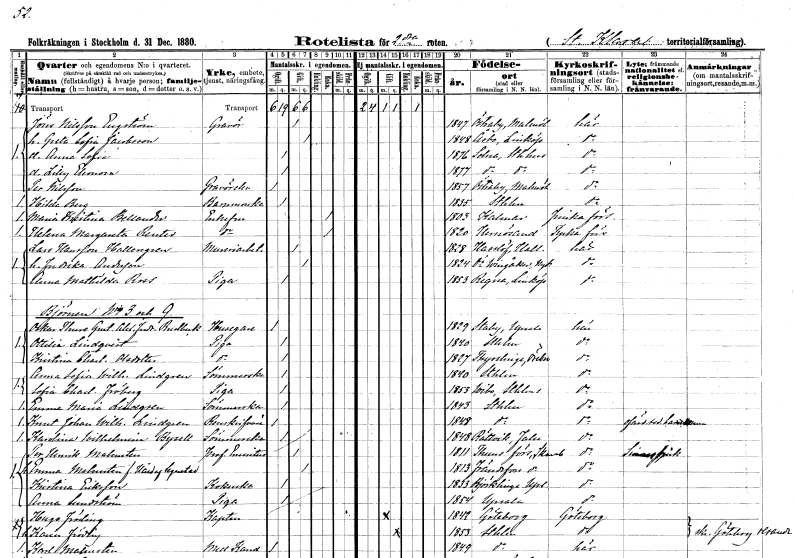
gt_parse: households: individuals: FN: Jöns
EN: Nilsson Engström
YRKE: Gravör
KON: M
CIV: G
FODAR: 1847
FODFORS: Östraby Malmöhus län
FN: Greta Sofia
EN: Jacobsson
KON: K
CIV: G
FODAR: 1848
FODFORS: Åsbo Östergötlands län
FN: Anna Sofia
KON: K
CIV: O
FODAR: 1876
FODFORS: Solna Stockholms län
FN: Lilly Eleonora
KON: K
CIV: O
FODAR: 1877
FODFORS: Solna Stockholms län
FN: Per
EN: Nilsson
YRKE: Gravörelev
KON: M
CIV: O
FODAR: 1857
FODFORS: Östraby Malmöhus län
FN: Hilda
EN: Berg
YRKE: Barnmorska
KON: K
CIV: O
FODAR: 1835
FODFORS: Stockholm
FN: Maria Kristina
EN: Bellander
KON: K
CIV: E
FODAR: 1803
FODFORS: Kalmar Kalmar län
FN: Helena Margareta
EN: Renter
KON: K
CIV: E
FODAR: 1820
FODFORS: Härnösand Västernorrlands län
FN: Lars
EN: Hansson Hallengren
YRKE: Mureriarbetare
KON: M
CIV: G
FODAR: 1828
FODFORS: Hasslöv Hallands län
FN: Fredrika
EN: Andersson
KON: K
CIV: G
FODAR: 1824
FODFORS: Östra Vingåker Södermanlands län
FN: Anna Mathilda
EN: Ross
YRKE: Piga
KON: K
CIV: O
FODAR: 1853
FODFORS: Regna Östergötlands län
FN: Oskar Thure Gustaf Alexander Fredrik
EN: Rudbeck
YRKE: Husägare
KON: M
CIV: O
FODAR: 1829
FODFORS: Stavby Uppsala län
FN: Ottilia
EN: Lindqvist
YRKE: Piga
KON: K
CIV: O
FODAR: 1840
FODFORS: Stockholm
FN: Kristina Charlotta
EN: Olsdotter
YRKE: Piga
KON: K
CIV: O
FODAR: 1827
FODFORS: Tysslinge Örebro län
FN: Anna Sofia Wilhelmina
EN: Lindgren
YRKE: Sömmerska
KON: K
CIV: O
FODAR: 1840
FODFORS: Stockholm
FN: Sofia Charlotta
EN: Fröberg
YRKE: Piga
KON: K
CIV: O
FODAR: 1853
FODFORS: Vidbo Stockholms län
FN: Emma Maria
EN: Lindgren
YRKE: Sömmerska
KON: K
CIV: O
FODAR: 1843
FODFORS: Stockholm
FN: Knut Johan Wilhelm
EN: Lindgren
YRKE: Renskrivare
KON: M
CIV: O
FODAR: 1848
FODFORS: Stockholm
FN: Karolina Wilhelmina
EN: Bysell
YRKE: Sömmerska
KON: K
CIV: O
FODAR: 1848
FODFORS: Rättvik Kopparbergs län
FN: Per Henrik
EN: Malmsten
YRKE: Professor emeritus
KON: M
CIV: G
FODAR: 1811
FODFORS: Tun Skaraborgs län
FN: Emma
EN: Malmsten Hård af Segerstad
KON: K
CIV: G
FODAR: 1813
FODFORS: Frändefors Älvsborgs län
FN: Kristina
EN: Eriksson
YRKE: Kokerska
KON: K
CIV: O
FODAR: 1833
FODFORS: Björklinge Uppsala län
FN: Anna
EN: Lundström
YRKE: Piga
KON: K
CIV: O
FODAR: 1854
FODFORS: Uppsala Uppsala län